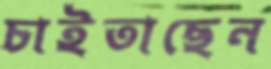
চাইতাছেন